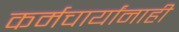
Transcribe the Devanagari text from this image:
कर्मचार्यांनाही